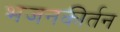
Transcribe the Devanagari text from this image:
भजनकीर्तन